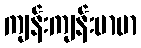
ကျန်းကျန်းမာမာ